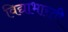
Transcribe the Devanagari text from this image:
विद्याभारती